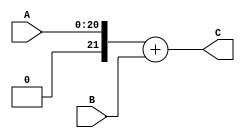
module add  (
    input       [20:0]  A,
    input signed[17:0]  B,

    output signed[22:0] C
);
    wire signed [21:0]  A_signed;

    assign A_signed ={1'b0,A};
    assign C=A_signed+B;
endmodule